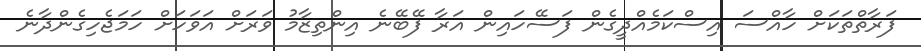
ފަރާތްތަކަށް ހާއްސަ އިސްކަމެއްދީގެން ފަސޭހައިން އަރާ ފޭބޭނެ އިންތިޒާމު ވަރަށް އަވަހަށް ހަމަޖެހިގެންދާނެ